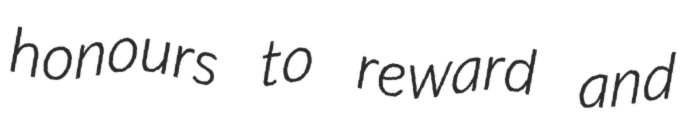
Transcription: honours to reward and